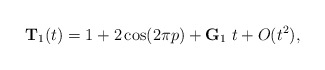
\begin{align*}{\bf T}_1(t)=1+2\cos(2\pi p)+{\bf G}_1\ t+ O(t^2), \end{align*}